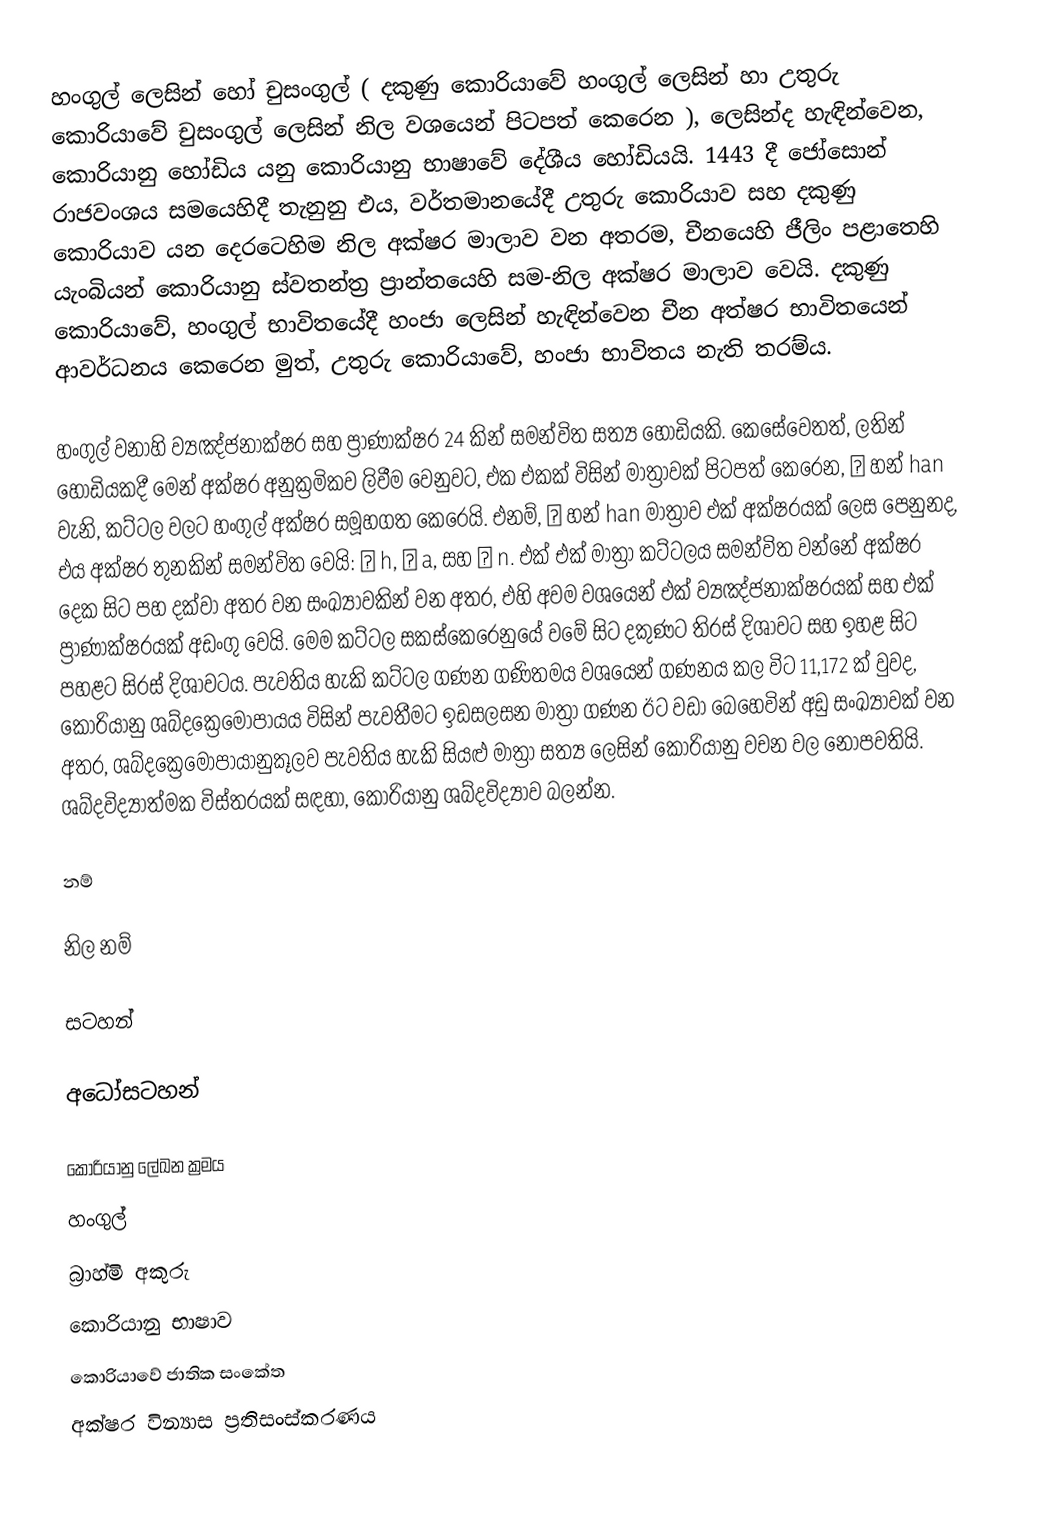
හංගුල්  ලෙසින් හෝ  චුසංගුල් ( දකුණු කොරියාවේ  හංගුල් ලෙසින් හා  උතුරු කොරියාවේ චුසංගුල් ලෙසින් නිල වශයෙන් පිටපත් කෙරෙන ),  ලෙසින්ද හැඳින්වෙන, කොරියානු හෝඩිය යනු කොරියානු භාෂාවේ දේශීය හෝඩියයි. 1443 දී  ජෝසොන් රාජවංශය සමයෙහිදී තැනුනු එය, වර්තමානයේදී උතුරු කොරියාව සහ දකුණු කොරියාව යන දෙරටෙහිම නිල අක්ෂර මාලාව වන අතරම, චීනයෙහි  ජීලිං පළාතෙහි   යැංබියන් කොරියානු ස්වතන්ත්‍ර ප්‍රාන්තයෙහි සම-නිල අක්ෂර මාලාව වෙයි.  දකුණු කොරියාවේ, හංගුල් භාවිතයේදී  හංජා ලෙසින් හැඳින්වෙන චීන අත්ෂර භාවිතයෙන් ආවර්ධනය කෙරෙන මුත්, උතුරු කොරියාවේ, හංජා භාවිතය නැති තරම්ය.

හංගුල් වනාහි ව්‍යඤ්ජනාක්ෂර සහ ප්‍රාණාක්ෂර 24 කින් සමන්විත   සත්‍ය හෝඩියකි. කෙසේවෙතත්, ලතින් හෝඩියකදී මෙන් අක්ෂර අනුක්‍රමිකව ලිවීම වෙනුවට, එක එකක් විසින්  මාත්‍රාවක් පිටපත් කෙරෙන,  한 හන්  han   වැනි, කට්ටල වලට හංගුල් අක්ෂර සමූහගත කෙරෙයි. එනම්, 한 හන්  han   මාත්‍රාව එක් අක්ෂරයක් ලෙස පෙනුනද, එය අක්ෂර තුනකින් සමන්විත වෙයි: ㅎ h, ㅏ a, සහ  ㄴ n. එක් එක් මාත්‍රා කට්ටලය සමන්විත වන්නේ අක්ෂර දෙක සිට පහ දක්වා අතර වන සංඛ්‍යාවකින් වන අතර, එහි අවම වශයෙන් එක්   ව්‍යඤ්ජනාක්ෂරයක් සහ එක්  ප්‍රාණාක්ෂරයක් අඩංගු වෙයි. මෙම කට්ටල සකස්කෙරෙනුයේ වමේ සිට දකුණට තිරස් දිශාවට සහ ඉහළ සිට පහළට සිරස් දිශාවටය. පැවතිය හැකි කට්ටල ගණන ගණිතමය වශයෙන් ගණනය කල විට 11,172 ක් වුවද, කොරියානු  ශබ්දක්‍රෙමෝපායය විසින් පැවතීමට ඉඩසලසන මාත්‍රා ගණන ඊට වඩා බෙහෙවින් අඩු සංඛ්‍යාවක් වන අතර, ශබ්දක්‍රෙමෝපායානුකූලව පැවතිය හැකි සියළු මාත්‍රා සත්‍ය ලෙසින් කොරියානු වචන වල නොපවතියි. ශබ්දවිද්‍යාත්මක විස්තරයක් සඳහා, කොරියානු  ශබ්දවිද්‍යාව බලන්න.

නම්

නිල නම්

සටහන්

අධෝසටහන්

කොරියානු ලේඛන ක්‍රමය
හංගුල්
බ්‍රාහ්මි අකුරු
කොරියානු භාෂාව
කොරියාවේ ජාතික සංකේත
අක්ෂර වින්‍යාස ප්‍රතිසංස්කරණය